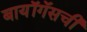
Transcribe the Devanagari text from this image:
बायॉगॅसची